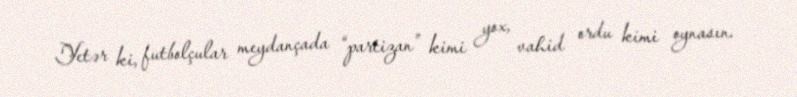
Yetər ki, futbolçular meydançada “partizan” kimi yox, vahid ordu kimi oynasın.